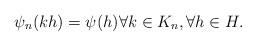
\begin{align*}\psi_n(kh) = \psi(h) \forall k \in K_n, \forall h \in H.\end{align*}